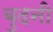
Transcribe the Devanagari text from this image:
बुदनी